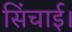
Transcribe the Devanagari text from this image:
सिंचाई।